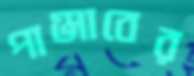
পাঞ্জাবের